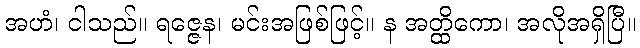
အဟံ၊ ငါသည်။ ရဇ္ဇေန၊ မင်းအဖြစ်ဖြင့်။ န အတ္ထိကော၊ အလိုအရှိပြီ။